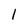
Character: I